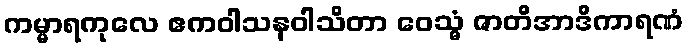
ကမ္မာရကုလေ ဧကဝါသနဝါသိတာ ဝေသ္မံ ဇာတိအာဒိကာရဏံ